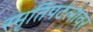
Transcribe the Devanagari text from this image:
स्मृतिपटलावर